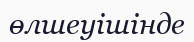
өлшеуішінде